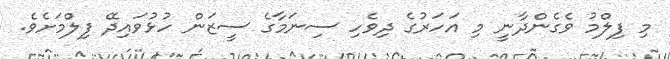
މި ފިލްމު ވެގެންދާނީ މި އަހަރުގެ ދިވެހި ސިނަމާގެ ސީޒަން ހުޅުވައިދޭ ފިލްމަށެވެ.